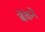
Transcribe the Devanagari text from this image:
बेंकेने